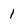
Character: 1